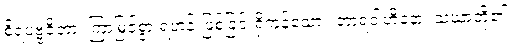
စိရပဗ္ဗဇိတာ၊ ကြာမြင့်စွာ ရဟန်းဖြစ်ခြင်းရှိကုန်သော။ ဘာရဝါဟိနော၊ သံဃာတို့၏